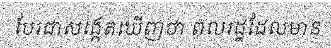
បែរជាសង្កេតឃើញថា ពលរដ្ឋដែលមាន